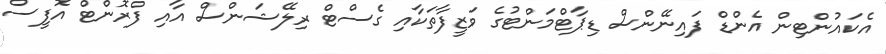
އެކައުންޓިން އެންޑް ފައިނޭންސް ޑިޕާޓްމަންޓުގެ ވަޒީފާތަކާއި ގެސްޓް ރިލޭޝަންސް އާއި ފްރޮންޓް އޮފީސް